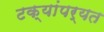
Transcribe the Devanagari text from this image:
टक्यांपर्यत